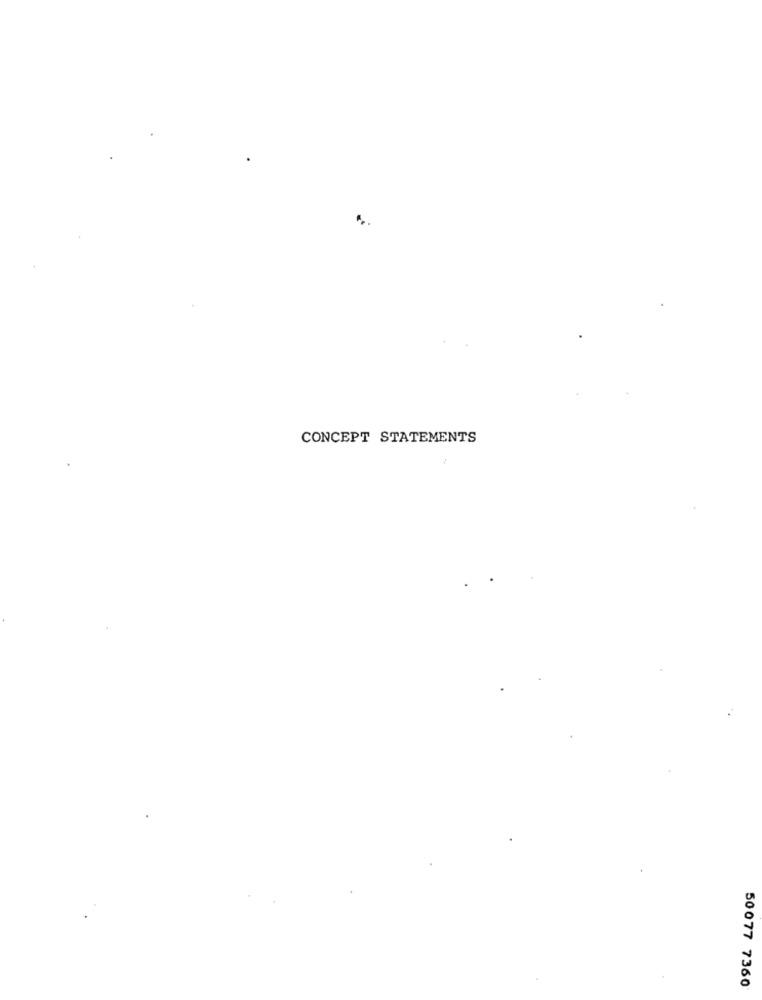
CONCEPT STATEMENTS
50077 7360